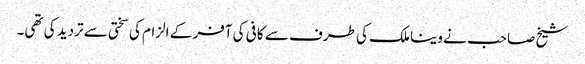
شیخ صاحب نے وینا ملک کی طرف سے کافی کی آفر کے الزام کی سختی سے تردید کی تھی۔